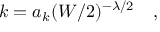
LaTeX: k = a _ { k } ( W / 2 ) ^ { - \lambda / 2 } \quad ,